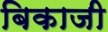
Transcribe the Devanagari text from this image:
बिकाजी